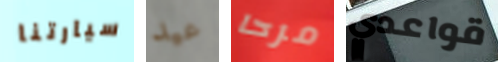
سيارتنا عيد مرحا قواعدي